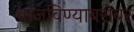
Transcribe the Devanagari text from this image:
वाजविण्याबरोबर